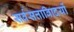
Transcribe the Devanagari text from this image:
सर्वसत्तावािदयों